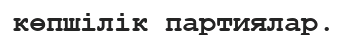
көпшілік партиялар.